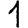
Digit: 1